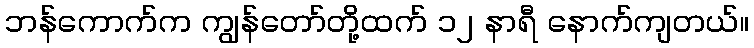
ဘန်ကောက်က ကျွန်တော်တို့ထက် ၁၂ နာရီ နောက်ကျတယ်။